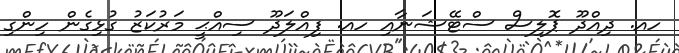
ހއ. ދިއްދޫ ޕޮލިސް ސްޓޭޝަނާއި ހއ. ފިއްލަދޫ ސިއްޙީ މަރުކަޒު ގުޅިގެން ހިންގި